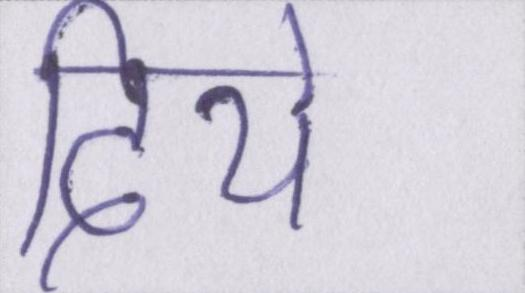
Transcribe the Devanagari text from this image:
दिये